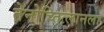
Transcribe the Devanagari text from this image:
तेनोच्तित्लानला